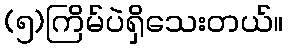
(၅)ကြိမ်ပဲရှိသေးတယ်။